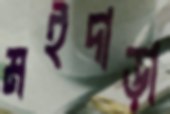
মইদাড়া